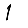
Digit: 1